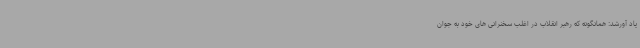
یاد آورشد: همانگونه که رهبر انقلاب در اغلب سخنرانی های خود به جوان